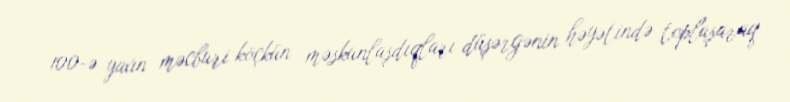
100-ə yaxın məcburi köçkün məskunlaşdıqları düşərgənin həyətində toplaşaraq